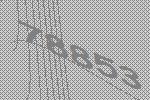
78853